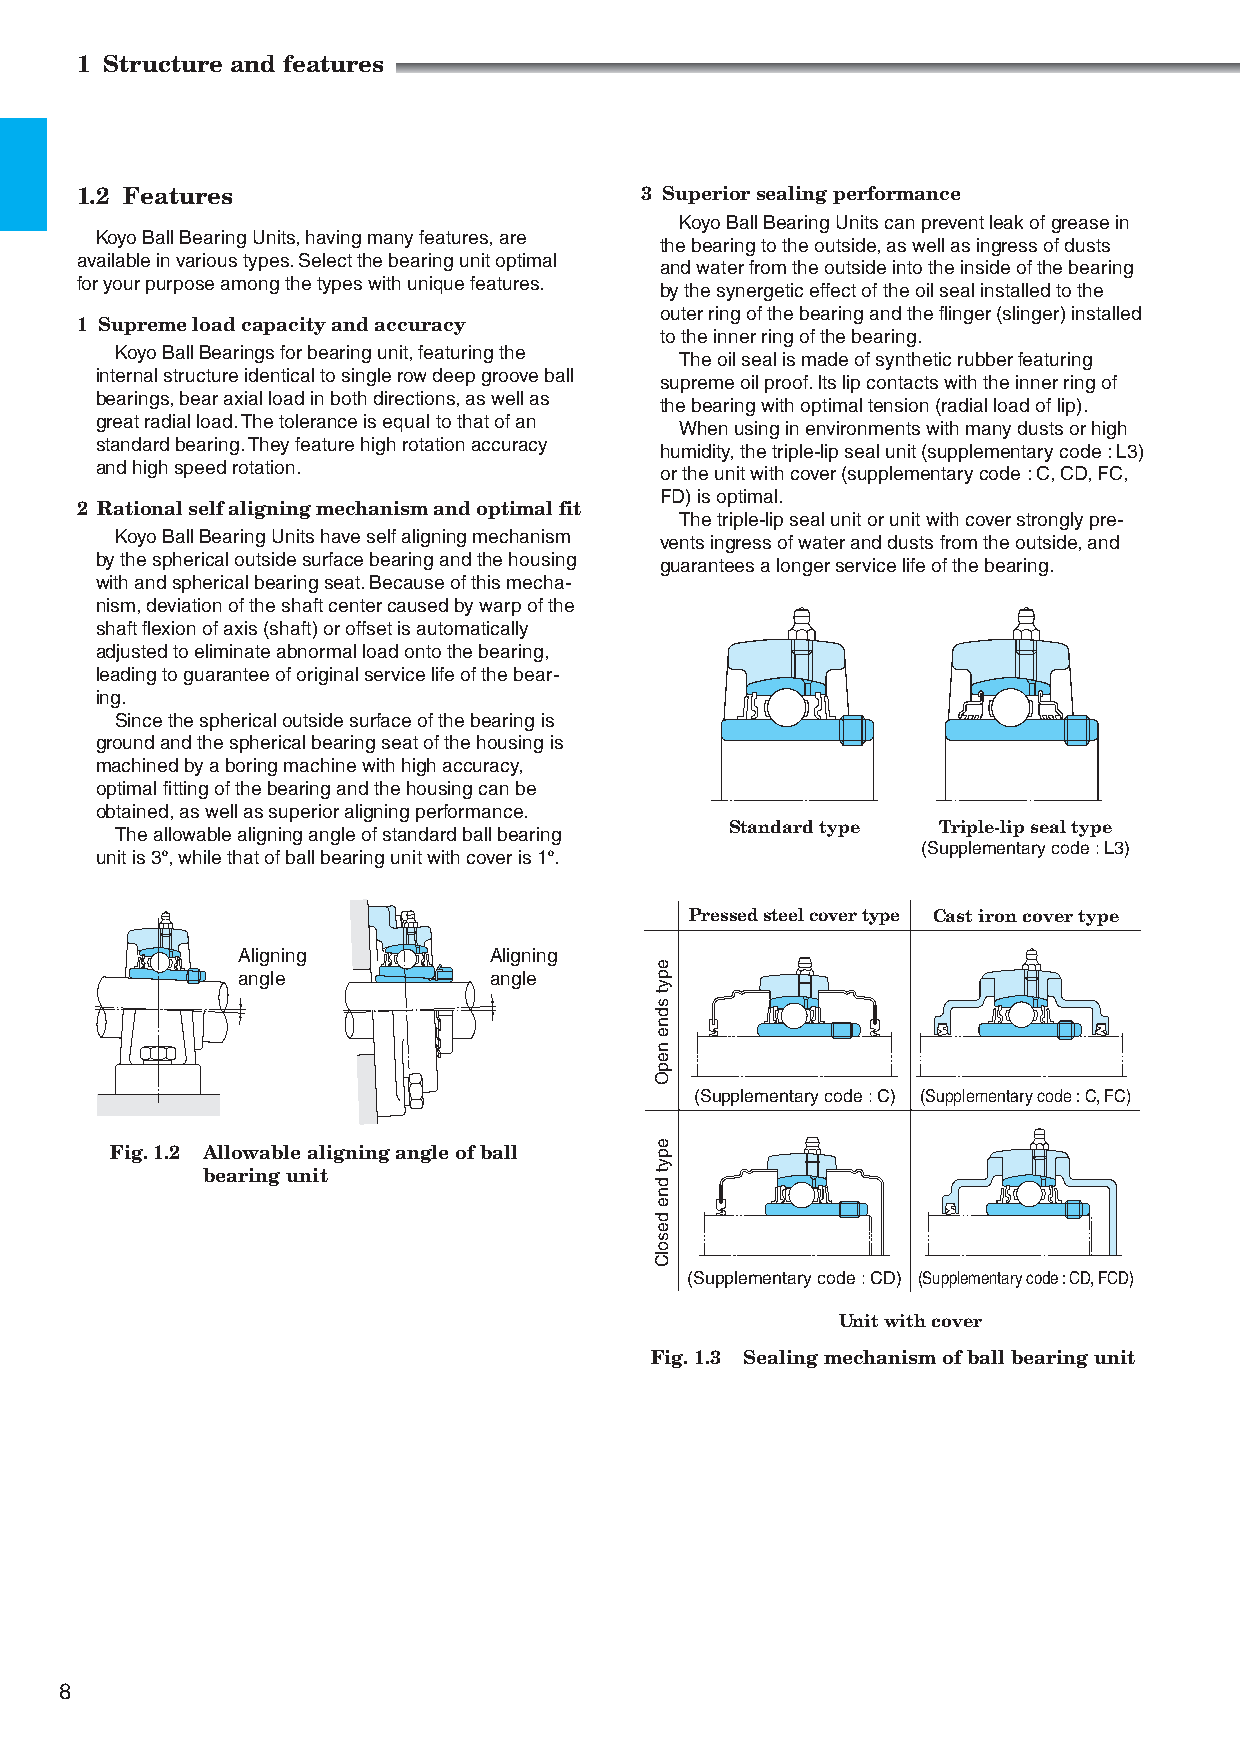
1 Structure and features
 1.2 Features                         3 Superior sealing performance
 Koyo Ball Bearing Units can prevent leak of grease in
 Koyo Ball Bearing Units, having many features, are
 the bearing to the outside, as well as ingress of dusts
 available in various types. Select the bearing unit optimal
 and water from the outside into the inside of the bearing
 for your purpose among the types with unique features.
 by the synergetic effect of the oil seal installed to the
 outer ring of the bearing and the flinger (slinger) installed
 1 Supreme load capacity and accuracy
 to the inner ring of the bearing.
 Koyo Ball Bearings for bearing unit, featuring the
 The oil seal is made of synthetic rubber featuring
 internal structure identical to single row deep groove ball
 supreme oil proof. Its lip contacts with the inner ring of
 bearings, bear axial load in both directions, as well as
 the bearing with optimal tension (radial load of lip).
 great radial load. The tolerance is equal to that of an
 When using in environments with many dusts or high
 standard bearing. They feature high rotation accuracy
 humidity, the triple-lip seal unit (supplementary code : L3)
 and high speed rotation.
 or the unit with cover (supplementary code : C, CD, FC,
 FD) is optimal.
 2 Rational self aligning mechanism and optimal fit
 The triple-lip seal unit or unit with cover strongly pre-
 Koyo Ball Bearing Units have self aligning mechanism vents ingress of water and dusts from the outside, and
 by the spherical outside surface bearing and the housing guarantees a longer service life of the bearing.
 with and spherical bearing seat. Because of this mecha-
 nism, deviation of the shaft center caused by warp of the
 shaft flexion of axis (shaft) or offset is automatically
 adjusted to eliminate abnormal load onto the bearing,
 leading to guarantee of original service life of the bear-
 ing.
 Since the spherical outside surface of the bearing is
 ground and the spherical bearing seat of the housing is
 machined by a boring machine with high accuracy,
 optimal fitting of the bearing and the housing can be
 obtained, as well as superior aligning performance.
 Standard type Triple-lip seal type
 The allowable aligning angle of standard ball bearing
 (Supplementary code : L3)
 unit is 3º, while that of ball bearing unit with cover is 1º.
 Pressed steel cover type Cast iron cover type
 Aligning        Aligning
 angle           angle
 (Supplementary code : C) (Supplementary code : C, FC)
 Fig. 1.2 A llowable aligning angle of ball
 bearing unit
 (Supplementary code : CD) (Supplementary code : CD, FCD)
 Unit with cover
 Fig. 1.3 Sealing mechanism of ball bearing unit
 8
 epyt
 sdne
 nepO
 epyt
 dne
 desolC